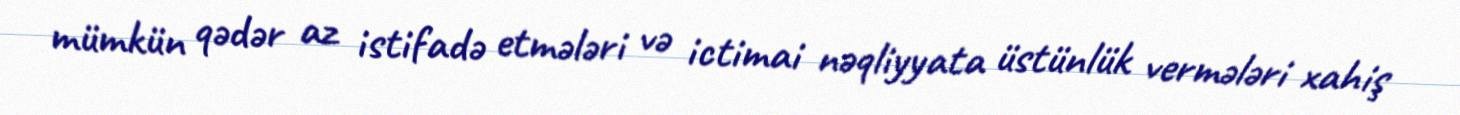
mümkün qədər az istifadə etmələri və ictimai nəqliyyata üstünlük vermələri xahiş